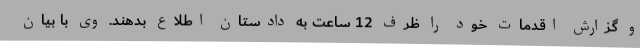
و گزارش اقدمات خود را ظرف 12 ساعت به دادستان اطلاع بدهند. وی با بیان